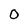
Character: 0